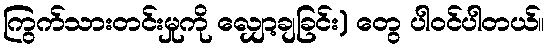
ကြွက်သားတင်းမှုကို လျှော့ချခြင်း) တွေ ပါဝင်ပါတယ်။